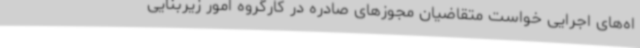
اه‌های اجرایی خواست متقاضیان مجوزهای صادره در کارگروه امور زیربنایی